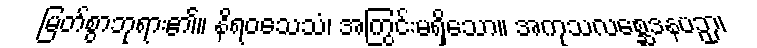
မြတ်စွာဘုရား၏။ နိရဝသေသံ၊ အကြွင်းမရှိသော။ အကုသလစ္ဆေဒနပဉှာ၊